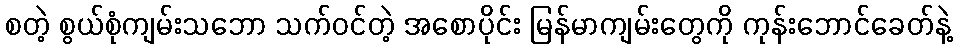
စတဲ့ စွယ်စုံကျမ်းသဘော သက်ဝင်တဲ့ အစောပိုင်း မြန်မာကျမ်းတွေကို ကုန်းဘောင်ခေတ်နဲ့